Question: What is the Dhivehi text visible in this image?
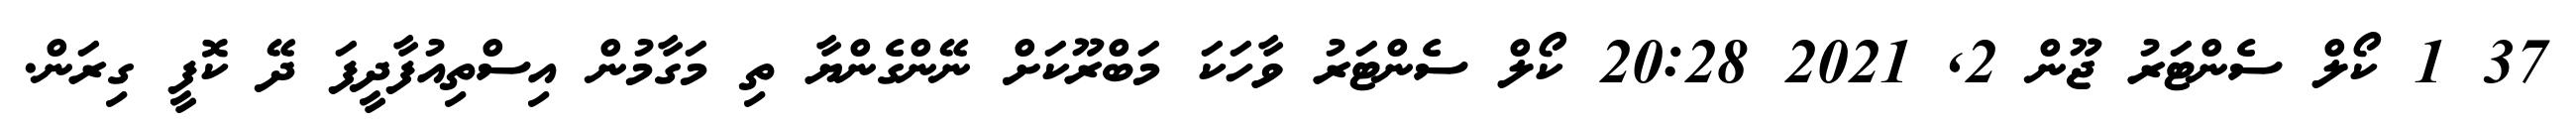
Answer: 37 1 ކޯލް ސެންޓަރު ޖޫން 2, 2021 20:28 ކޯލް ސެންޓަރު ވާހަކަ މަބްރޫކަށް ނޭންގެންޔާ ތި މަގާމުން އިސްތިއުފާދީފަ ދޭ ކޮފީ ގިރަން.